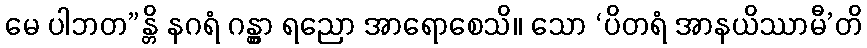
မေ ပါဘတ”န္တိ နဂရံ ဂန္တွာ ရညော အာရောစေသိ။ သော ‘ပိတရံ အာနယိဿာမီ’တိ